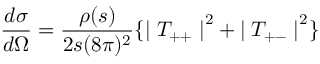
\frac { d \sigma } { d \Omega } = \frac { \rho ( s ) } { 2 s ( 8 \pi ) ^ { 2 } } \{ { \mid T _ { + + } \mid } ^ { 2 } + { \mid T _ { + - } \mid } ^ { 2 } \}